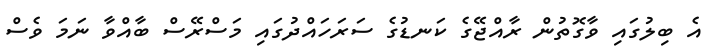
އެ ބިލުގައި ވާގޮތުން ރާއްޖޭގެ ކަނޑުގެ ސަރަހައްދުގައި މަސްރޭސް ބާއްވާ ނަމަ ވެސް